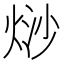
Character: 𭴲